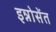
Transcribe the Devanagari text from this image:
इन्नोसेंत